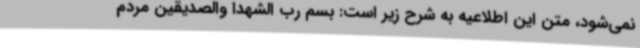
نمی‌شود، متن این اطلاعیه به شرح زیر است: بسم رب الشهدا والصدیقین مردم